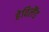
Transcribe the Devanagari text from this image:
हेविलैंड